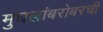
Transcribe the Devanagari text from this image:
मुघलांबरोबरची